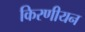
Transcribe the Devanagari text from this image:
किरणीयन